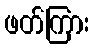
ဖတ်ကြား